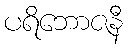
ပရိဘောဇနီ